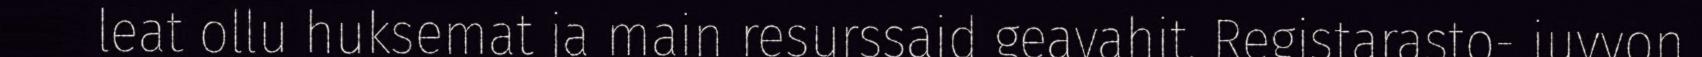
leat ollu huksemat ja main resurssaid geavahit. Registarasto- juvvon